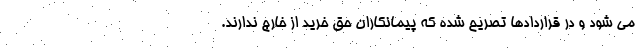
می شود و در قراردادها تصریح شده که پیمانکاران حق خرید از خارج ندارند.